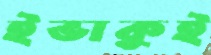
ইভাকুই